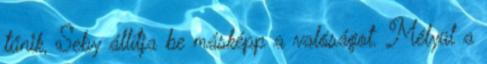
tűnik, Seby állítja be másképp a valóságot. Mélyül a